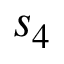
s _ { 4 }